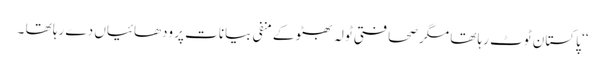
‘‘ پاکستان ٹوٹ رہا تھا مگر صحافتی ٹولہ بھٹو کے منفی بیانات پر ودھائیاں دے رہا تھا ۔